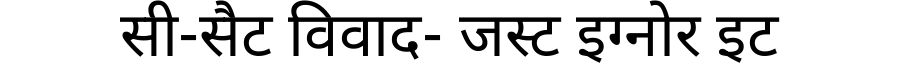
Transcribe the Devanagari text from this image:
सी-सैट विवाद- जस्ट इग्नोर इट